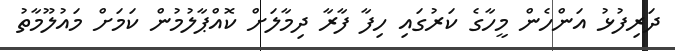
ދަރިފުޅު އަންހެން މީހާގެ ކަރުގައި ހިފާ ފާރާ ދިމާލަށް ކޮއްޕާލުމުން ކަމަށް މައުލޫމާތު